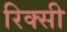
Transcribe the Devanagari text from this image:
रिक्सी